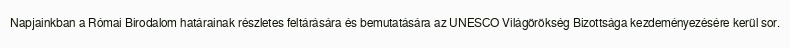
Napjainkban a Római Birodalom határainak részletes feltárására és bemutatására az UNESCO Világörökség Bizottsága kezdeményezésére kerül sor.